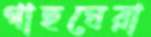
গাছঘেরা